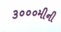
૩૦૦૦મીની